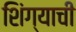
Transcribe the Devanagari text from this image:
शिंग्याची